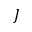
J